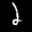
Label: 2